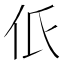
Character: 𠇊